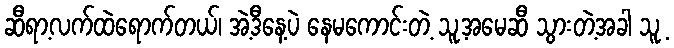
ဆီရာ့လက်ထဲရောက်တယ်၊ အဲ့ဒီနေ့ပဲ နေမကောင်းတဲ့ သူ့အမေဆီ သွားတဲ့အခါ သူ့